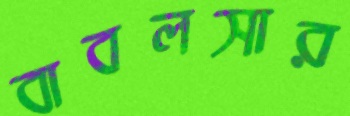
বাবলসার